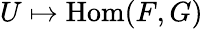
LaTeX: U\mapsto\operatorname{Hom}(F,G)